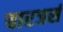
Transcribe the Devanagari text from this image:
चारजर्स